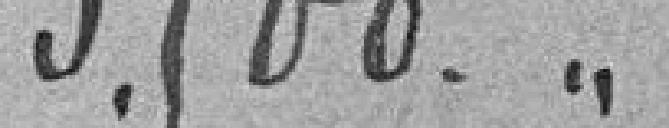
3500